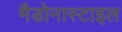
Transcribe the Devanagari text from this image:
मैडोनास्टाइल